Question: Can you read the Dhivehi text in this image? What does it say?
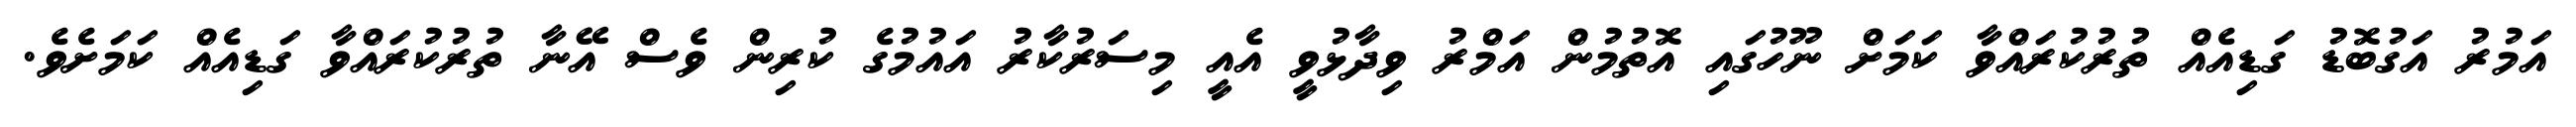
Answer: އަމުރު އަގުބޮޑު ގަޑިއެއް ތުރުކުރައްވާ ކަމަށް ނޫހުގައި އޮތުމުން އަމްރު ވިދާޅުވީ އެއީ މިސަރުކާރު އައުމުގެ ކުރިން ވެސް އޭނާ ތުރުކުރައްވާ ގަޑިއެއް ކަމަށެވެ.